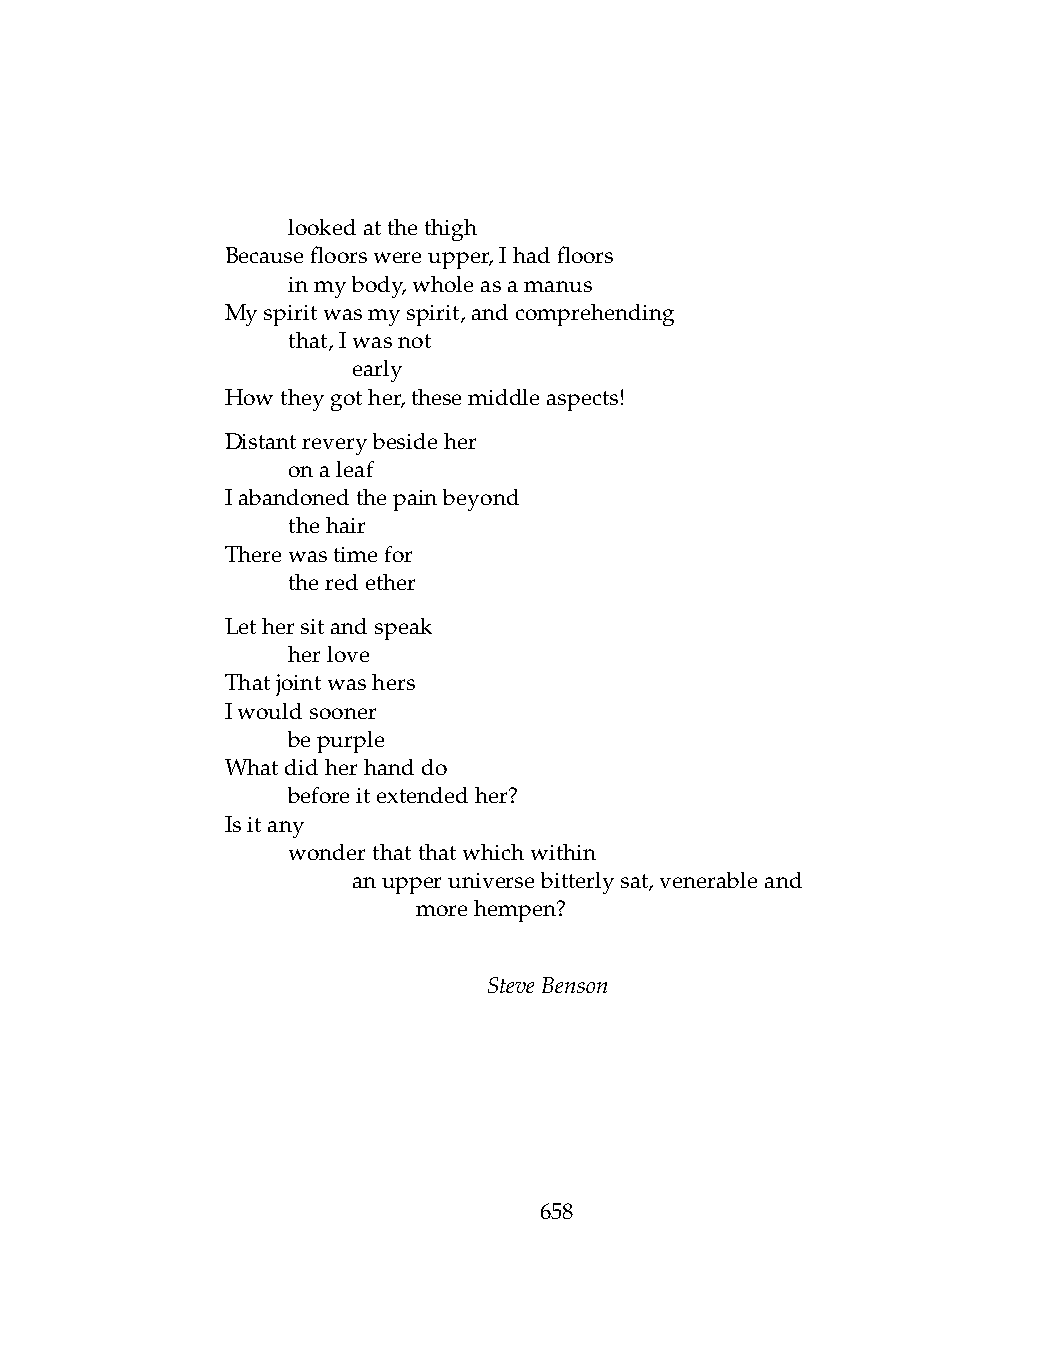
.   lookedatthethigh
 Becausefloorswereupper,Ihadfloors
 .   inmybody,wholeasamanus
 Myspiritwasmyspirit,andcomprehending
 .   that,Iwasnot
 .   .   early
 Howtheygother,thesemiddleaspects!
 Distantreverybesideher
 .   onaleaf
 Iabandonedthepainbeyond
 .   thehair
 Therewastimefor
 .   theredether
 Lethersitandspeak
 .   herlove
 Thatjointwashers
 Iwouldsooner
 .   bepurple
 Whatdidherhanddo
 .   beforeitextendedher?
 Isitany
 .   wonderthatthatwhichwithin
 .   .   anupperuniversebitterlysat,venerableand
 .   .   .    morehempen?
 SteveBenson
 658